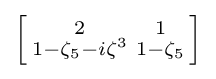
\left[{\begin{smallmatrix}2&1\\1-\zeta _{5}-i\zeta ^{3}&1-\zeta _{5}\end{smallmatrix}}\right]